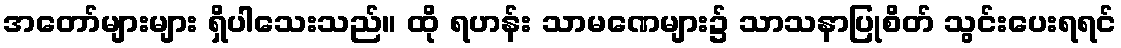
အတော်များများ ရှိပါသေးသည်။ ထို ရဟန်း သာမဏေများ၌ သာသနာပြုစိတ် သွင်းပေးရရင်